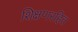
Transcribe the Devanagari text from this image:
शिक्षणरहित